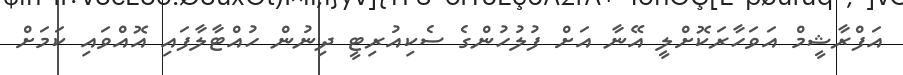
އަފްރާޝީމް އަވަހާރަކޮށްލީ އޭނާ އަށް ފުލުހުންގެ ސެކިއުރިޓީ ދިނުން ހުއްޓާލާފައި އޮއްވައި ކަމަށް